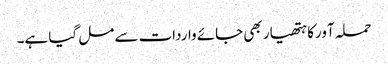
حملہ آورکا ہتھیار بھی جائے واردات سے مل گیا ہے۔